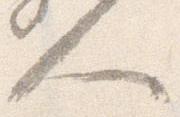
人